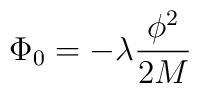
\Phi_0=-\lambda\frac{\phi^2}{2M}